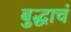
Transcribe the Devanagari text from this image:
बुद्धाचं